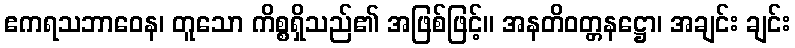
ဧကရသဘာဝေန၊ တူသော ကိစ္စရှိသည်၏ အဖြစ်ဖြင့်။ အနတိဝတ္တနဋ္ဌော၊ အချင်း ချင်း